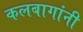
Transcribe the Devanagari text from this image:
कलबागांनी